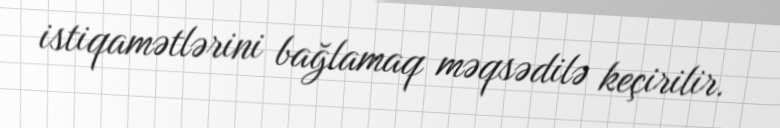
istiqamətlərini bağlamaq məqsədilə keçirilir.